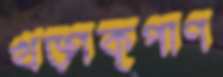
খড়্গকৃপাণ